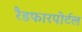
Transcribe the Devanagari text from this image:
रैडफारपोर्टल